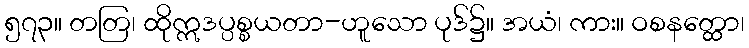
၅၇၃။ တတြ၊ ထိုဣဒပ္ပစ္စယတာ-ဟူသော ပုဒ်၌။ အယံ၊ ကား။ ဝစနတ္ထော၊